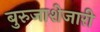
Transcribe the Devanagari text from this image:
बुरुजाशेजारी